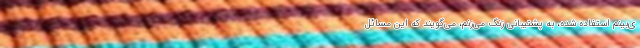
ی‌بینم استفاده شده، به پشتیبانی زنگ می‌زنم، می‌گویند که این مسائل